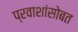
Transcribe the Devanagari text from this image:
प्रवाशांसोबत